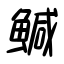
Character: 鰔